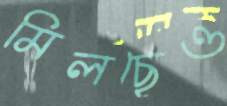
মিলছেও